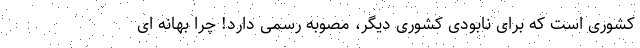
کشوری است که برای نابودی کشوری دیگر، مصوبه رسمی دارد! چرا بهانه ای